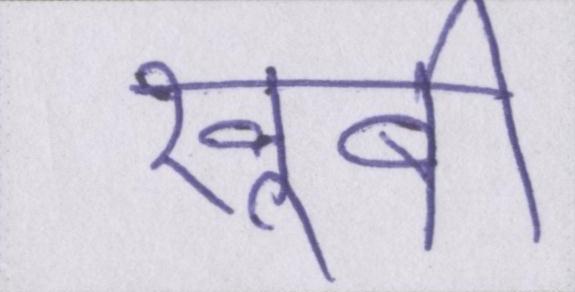
खूबी